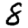
Digit: 8